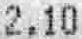
2.10